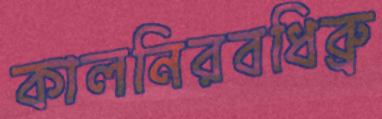
কালনিরবধিব্রু